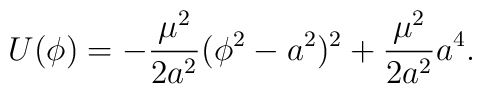
U(\phi) = - \frac{\mu^2}{2 a^2} (\phi^2 - a^2)^2 + \frac{\mu^2}{2 a^2} a^4.